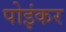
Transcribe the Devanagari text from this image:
पोइंकर